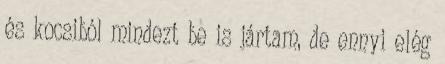
és kocsiból mindezt be is jártam, de ennyi elég